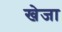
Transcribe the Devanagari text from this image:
खेजा